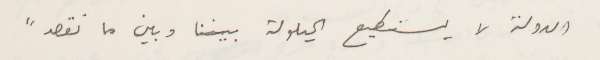
الدولة لا يستطيع الحيلولة بيننا وبين ما نقصد"